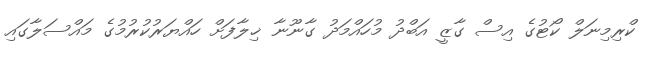
ކްރިމިނަލް ކޯޓުގެ އިސް ގާޒީ އަބްދު މުހައްމަދު ގާނޫނާ ޚިލާފަށް ހައްޔަރުކުރުމުގެ މައްސަލާގައި